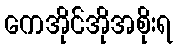
ကေအိုင်အိုအစိုးရ